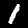
Label: 1